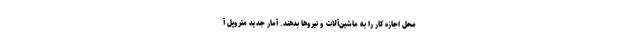
محل اجازه کار را به ماشین‌آلات و نیروها بدهند. آمار جدید متروپل آ